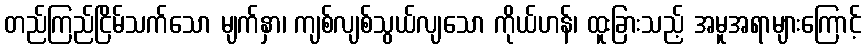
တည်ကြည်ငြိမ်သက်သော မျက်နှာ၊ ကျစ်လျစ်သွယ်လျသော ကိုယ်ဟန်၊ ထူးခြားသည့် အမူအရာများကြောင့်